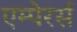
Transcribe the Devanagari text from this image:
एम्पेरर्स